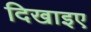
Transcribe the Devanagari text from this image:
दिखाइए